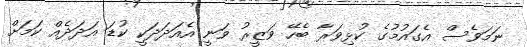
ނަމަވެސް އެގައުމުގެ ކުޅިވަރާ ބެހޭ ވަޒީރު ވަނީ އެއަދަދަކީ ކުޑަ އަދަދެއް ކަމަށް